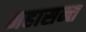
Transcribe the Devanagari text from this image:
महासन्त